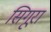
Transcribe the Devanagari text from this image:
सिगूरा